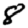
Digit: 8